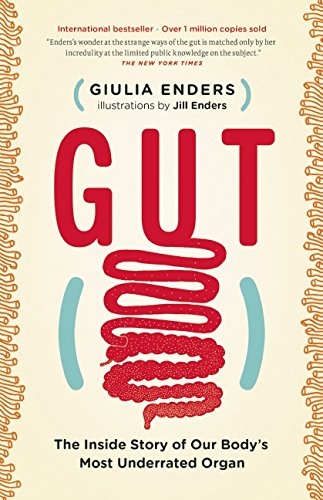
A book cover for Gut: The Inside Story of Our Body's Most Underrated Organ; Giulia Enders; Medical Books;